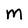
Character: M